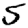
Digit: 5